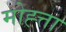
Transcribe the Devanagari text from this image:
मोह्त्ता